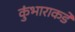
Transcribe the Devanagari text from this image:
कुंभाराकडे